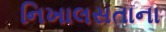
નિખાલસતાના